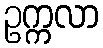
ဥက္ကလာ